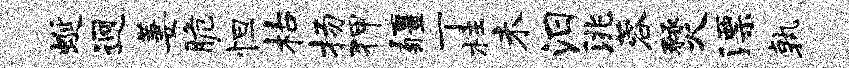
蜒迥萋脆怛枯扬狎疆丁柱未汨洮蓉燹漂孰